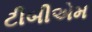
ટીબીએમ